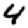
Digit: 4